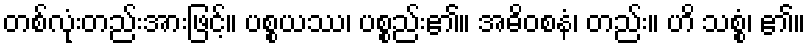
တစ်လုံးတည်းအားဖြင့်။ ပစ္စယဿ၊ ပစ္စည်း၏။ အဓိဝစနံ၊ တည်း။ ဟိ သစ္စံ၊ ၏။